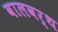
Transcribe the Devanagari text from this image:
वालवर्थ